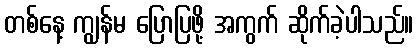
တစ်နေ့ ကျွန်မ ပြောပြဖို့ အကွက် ဆိုက်ခဲ့ပါသည်။